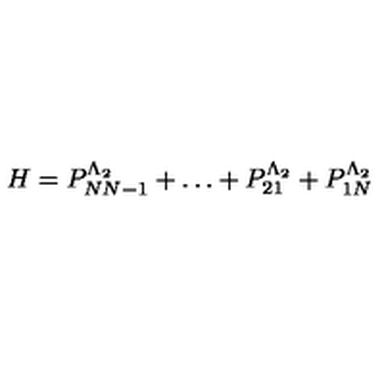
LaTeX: H = P _ { N N - 1 } ^ { \Lambda _ { 2 } } + \dots + P _ { 2 1 } ^ { \Lambda _ { 2 } } + P _ { 1 N } ^ { \Lambda _ { 2 } }